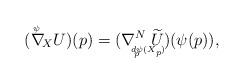
LaTeX: \begin{align*} (\nabla{\hskip-0.3cm^{^{^{\psi}}}}_{X} U)(p)=(\nabla^N{\hskip -0.4cm_{_{_{d{\!_{_{_p}}} \!\!\!\psi(X_{_p}\!)}}}}\hskip -0.4cm\widetilde{U})(\psi(p)),\end{align*}